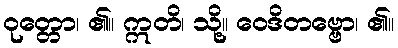
ဝုတ္တော၊ ၏။ ဣတိ၊ သို့။ ဝေဒိတဗ္ဗော၊ ၏။